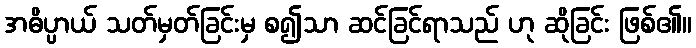
အဓိပ္ပာယ် သတ်မှတ်ခြင်းမှ စ၍သာ ဆင်ခြင်ရာသည် ဟု ဆိုခြင်း ဖြစ်၏။